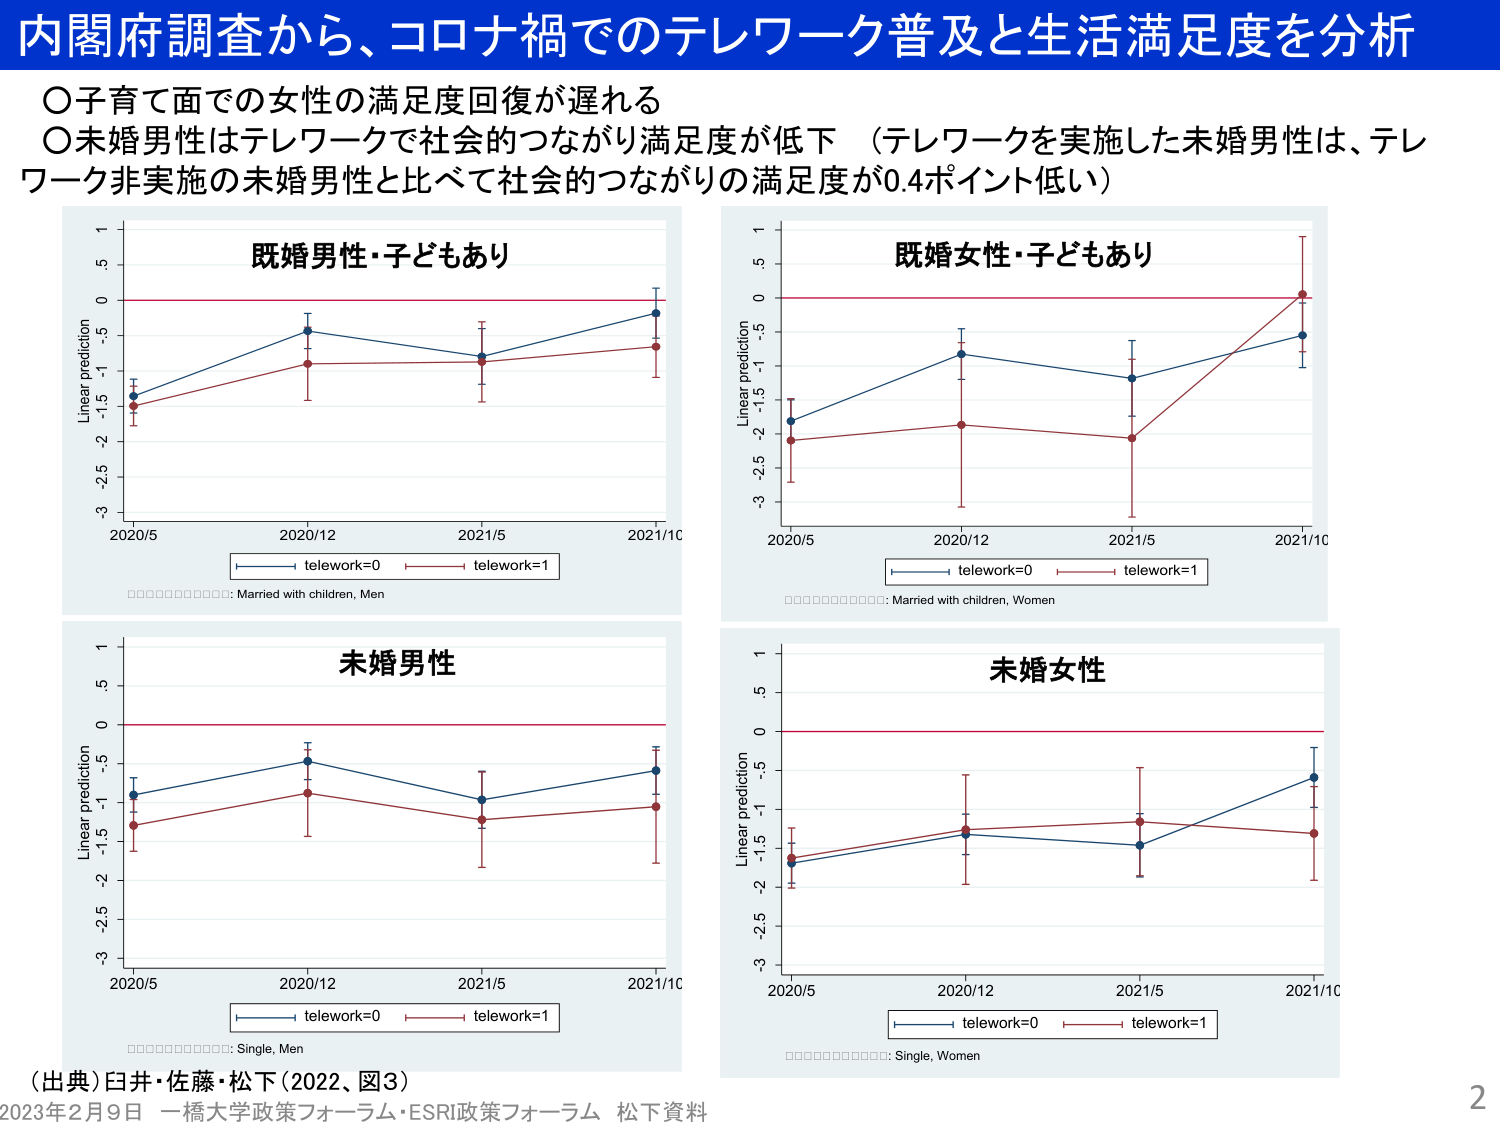
内閣府調査から、コロナ禍でのテレワーク普及と生活満足度を分析

○子育て面での女性の満足度回復が遅れる
○未婚男性はテレワークで社会的つながり満足度が低下（テレワークを実施した未婚男性は、テレワーク非実施の未婚男性と比べて社会的つながりの満足度が0.4ポイント低い）

既婚男性・子どもあり
Linear prediction
2020/5 2020/12 2021/5 2021/10
telework=0 telework=1
□□□□□□□□□□: Married with children, Men

既婚女性・子どもあり
Linear prediction
2020/5 2020/12 2021/5 2021/10
telework=0 telework=1
□□□□□□□□□□: Married with children, Women

未婚男性
Linear prediction
2020/5 2020/12 2021/5 2021/10
telework=0 telework=1
□□□□□□□□□□: Single, Men

未婚女性
Linear prediction
2020/5 2020/12 2021/5 2021/10
telework=0 telework=1
□□□□□□□□□□: Single, Women

（出典）臼井・佐藤・松下（2022、図3）
2023年2月9日 一橋大学政策フォーラム・ESRI政策フォーラム 松下資料
2